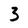
Character: 3